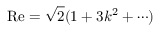
\mathrm { R e } = \sqrt { 2 } ( 1 + 3 k ^ { 2 } + \cdots )